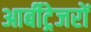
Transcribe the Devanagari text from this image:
आर्बीट्रेजरों